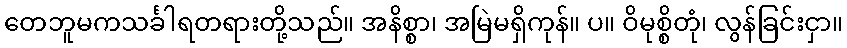
တေဘူမကသင်္ခါရတရားတို့သည်။ အနိစ္စာ၊ အမြဲမရှိကုန်။ ပ။ ဝိမုစ္စိတုံ၊ လွန်ခြင်းငှာ။